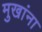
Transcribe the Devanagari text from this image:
मुखांना